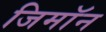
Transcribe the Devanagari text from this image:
जिमाॅन